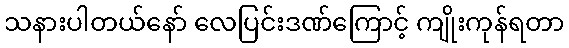
သနားပါတယ်နော် လေပြင်းဒဏ်ကြောင့် ကျိုးကုန်ရတာ